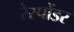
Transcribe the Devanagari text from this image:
रेस्पोंडर